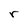
Character: r